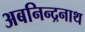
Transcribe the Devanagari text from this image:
अबनिन्द्रनाथ